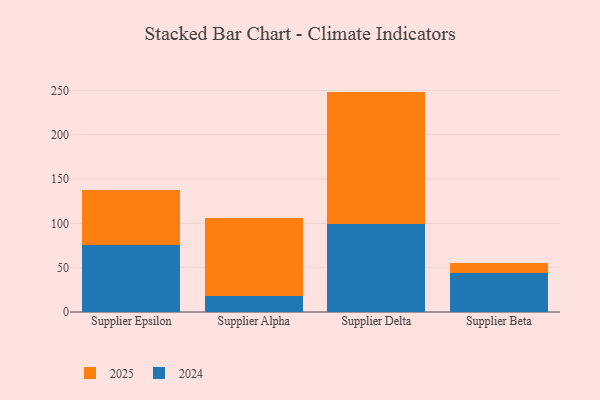
{"axis": {"x": "Supplier", "y": "Demand Index"}, "legend": ["2024", "2025"], "data": [{"x": "Supplier Epsilon", "y": 76.0, "type": "2024"}, {"x": "Supplier Epsilon", "y": 61.5, "type": "2025"}, {"x": "Supplier Alpha", "y": 17.7, "type": "2024"}, {"x": "Supplier Alpha", "y": 87.8, "type": "2025"}, {"x": "Supplier Delta", "y": 99.1, "type": "2024"}, {"x": "Supplier Delta", "y": 149.5, "type": "2025"}, {"x": "Supplier Beta", "y": 44.0, "type": "2024"}, {"x": "Supplier Beta", "y": 11.7, "type": "2025"}]}